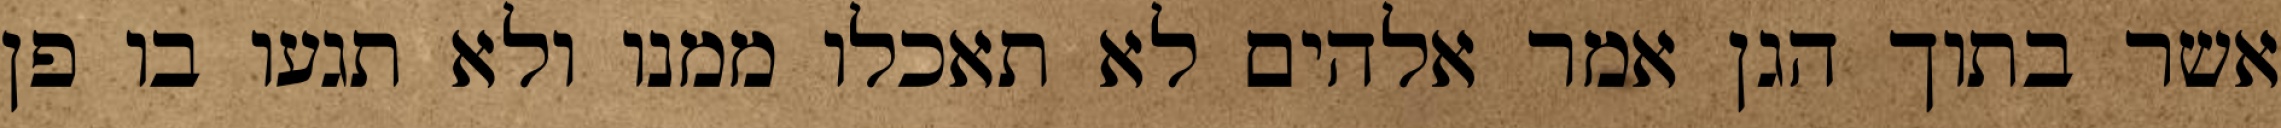
אשר בתוך הגן אמר אלהים לא תאכלו ממנו ולא תגעו בו פן